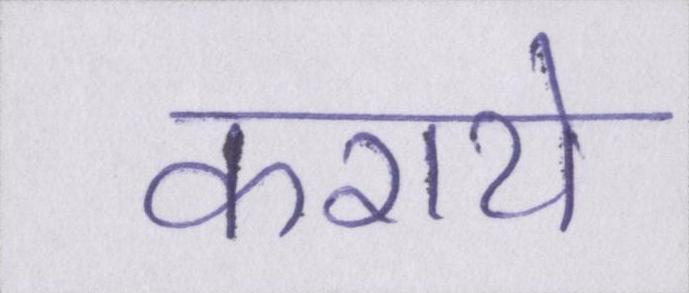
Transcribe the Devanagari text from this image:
कराये